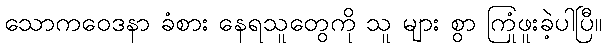
သောကဝေဒနာ ခံစား နေရသူတွေကို သူ များ စွာ ကြုံဖူးခဲ့ပါပြီ။